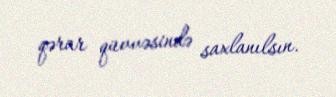
qərar qüvvəsində saxlanılsın.